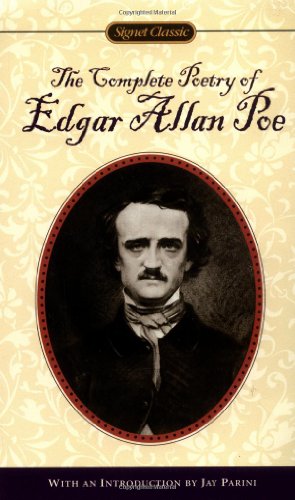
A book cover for The Complete Poetry of Edgar Allen Poe; Edgar Allan Poe; Reference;